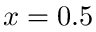
x = 0 . 5